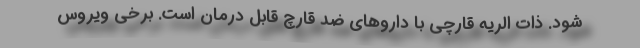
شود. ذات الریه قارچی با داروهای ضد قارچ قابل درمان است. برخی ویروس